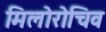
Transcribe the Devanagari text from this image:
मिलोरोचिव